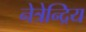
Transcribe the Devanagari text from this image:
नेत्रेन्द्रिय